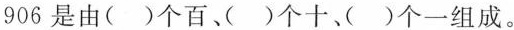
906是由()个百、)个十()个一组成。